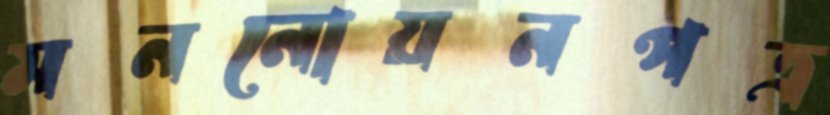
মননোয়নপত্র